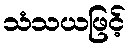
သံသယဖြင့်